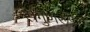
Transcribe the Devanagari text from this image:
सगुणरूपाचे